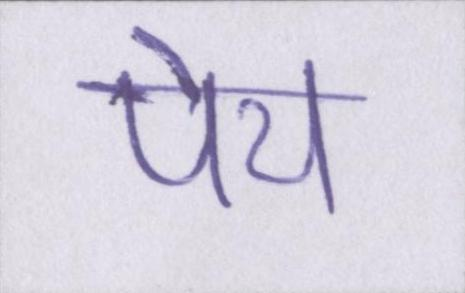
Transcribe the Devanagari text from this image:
पेय